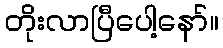
တိုးလာပြီပေါ့နော်။